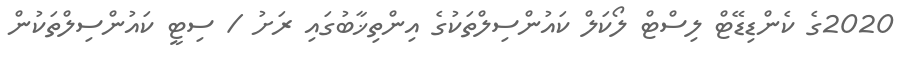
2020ގެ ކެންޑިޑޭޓް ލިސްޓް ލޯކަލް ކައުންސިލްތަކުގެ އިންތިޚާބުގައި ރަށު / ސިޓީ ކައުންސިލްތަކުން